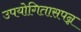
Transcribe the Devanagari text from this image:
उपयोगितासपन्न